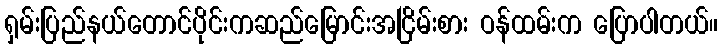
ရှမ်းပြည်နယ်တောင်ပိုင်းကဆည်မြောင်းအငြိမ်းစား ဝန်ထမ်းက ပြောပါတယ်။